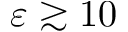
\varepsilon \gtrsim 1 0